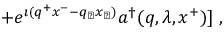
\; + e ^ { \imath ( q ^ { + } x ^ { - } - q _ { \perp } x _ { \perp } ) } a ^ { \dagger } ( q , \lambda , x ^ { + } ) ] \; ,